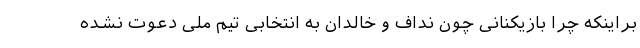
براینکه چرا بازیکنانی چون نداف و خالدان به انتخابی تیم ملی دعوت نشده